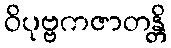
ဝိပုဗ္ဗကဇာတန္တိ